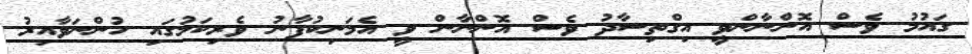
ގައުމު ވެސް އޮންނާންވީ އިގްތިސާދު ވެސް އޮންނާން ވީ އެމަނިކުފާނު ވެރިކަމުގައި ހުންނަވާއިރު